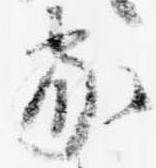
家